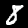
Label: 8